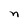
Character: n